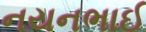
નયનભાઈ